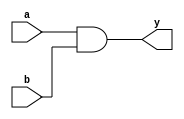
module andx2(
    input a,b,
    output y
    );
    assign y = a & b;
endmodule